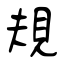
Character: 規